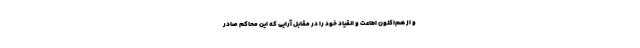
و از هم‌اکنون اطاعت و انقیاد خود را در مقابل آرایی که این محاکم صادر